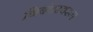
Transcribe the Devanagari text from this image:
निबंधस्वरूप